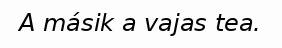
A másik a vajas tea.